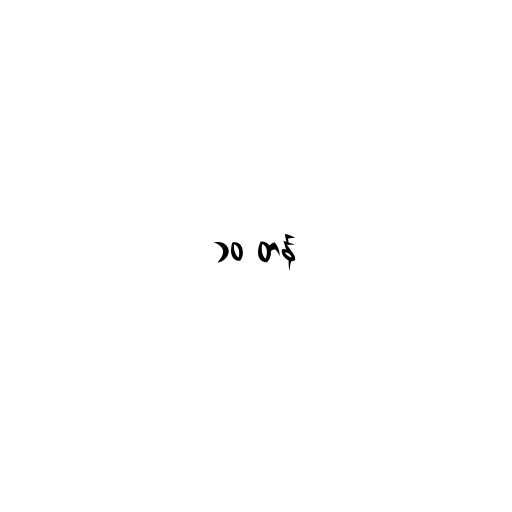
၁၀ တန်